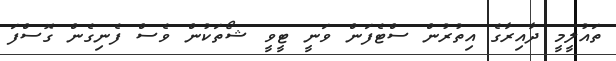
ތައުލީމީ ދާއިރާގެ އިތުރުން ސްޓެފަން ވަނީ ޓީވީ ޝޯތަކުން ވެސް ފެނިގެން ގޮސްފަ